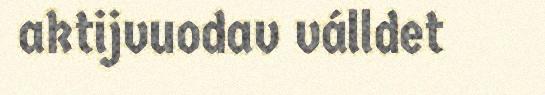
aktijvuodav válldet